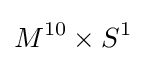
M^{10}\times S^{1}